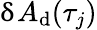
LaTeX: \updelta A_{\mathrm{d}}(\tau_{j})